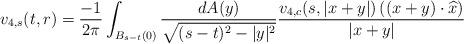
LaTeX: \begin{align*} v_{4,s}(t,r) = \frac{-1}{2\pi} \int_{B_{s-t}(0)} \frac{dA(y)}{\sqrt{(s-t)^{2}-|y|^{2}}}\frac{v_{4,c}(s,|x+y|)\left((x+y)\cdot \widehat{x}\right)}{|x+y|}\end{align*}